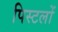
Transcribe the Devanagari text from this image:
पिस्टलों